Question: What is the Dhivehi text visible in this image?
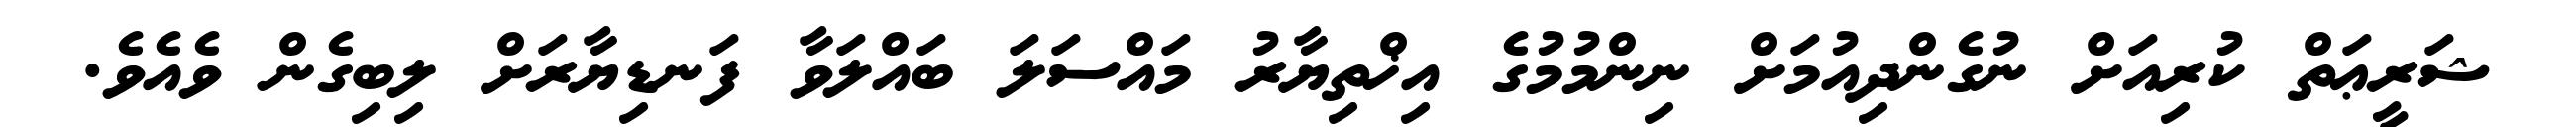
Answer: ޝަރީޢަތް ކުރިއަށް ނުގެންދިއުމަށް ނިންމުމުގެ އިޚްތިޔާރު މައްސަލަ ބައްލަވާ ފަނޑިޔާރަށް ލިބިގެން ވެއެވެ.